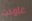
عاودت